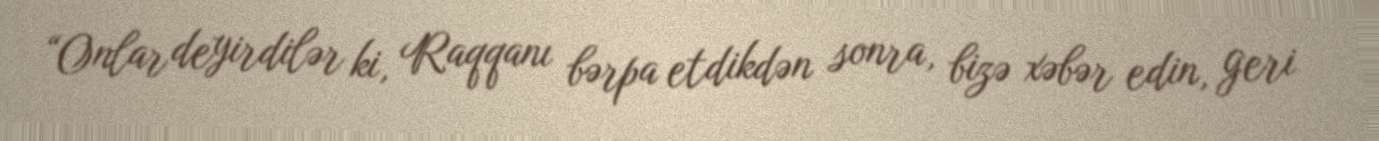
“Onlar deyirdilər ki, Raqqanı bərpa etdikdən sonra, bizə xəbər edin, geri